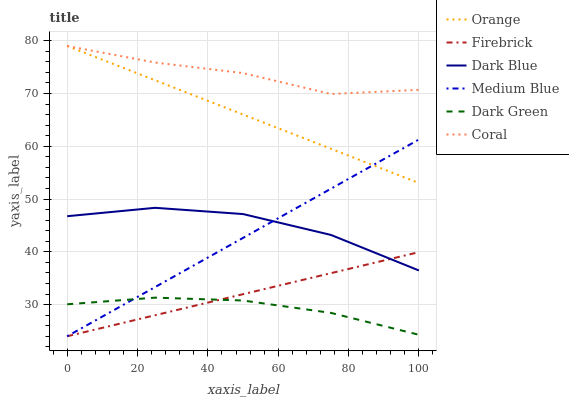
| xaxis_label | Orange | Firebrick | Dark Blue | Medium Blue | Dark Green | Coral |
 | --- | --- | --- | --- | --- | --- | --- |
 | 0 | 79 | 24 | 46.7 | 24 | 30.1 | 79 |
 | 25 | 72.5 | 28 | 48.3 | 33.3 | 31.3 | 75.9 |
 | 50 | 66 | 32 | 47.2 | 42.6 | 30.8 | 73.9 |
 | 75 | 59.5 | 36 | 43.2 | 52 | 28.4 | 69.9 |
 | 100 | 53 | 39.9 | 36.5 | 61.3 | 24.3 | 70.7 |